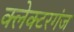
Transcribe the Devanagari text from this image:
क्लेक्टरगंज